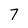
Character: 7